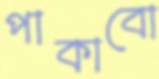
পাকাবো